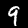
Digit: 9